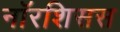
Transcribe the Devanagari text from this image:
नॉरशिसस